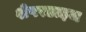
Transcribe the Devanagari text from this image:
शेपरडाइज